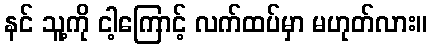
နင် သူ့ကို ငါ့ကြောင့် လက်ထပ်မှာ မဟုတ်လား။